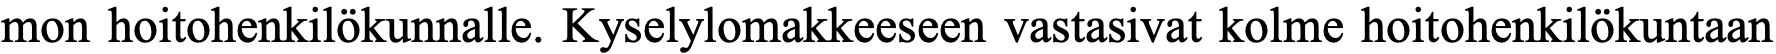
mon hoitohenkilökunnalle. Kyselylomakkeeseen vastasivat kolme hoitohenkilökuntaan